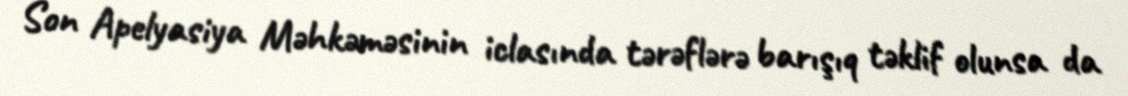
Son Apelyasiya Məhkəməsinin iclasında tərəflərə barışıq təklif olunsa da